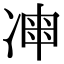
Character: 𠗩